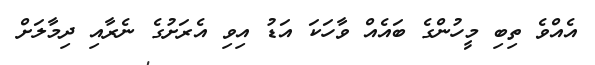
އެއްވެ ތިބި މީހުންގެ ބައެއް ވާހަކަ އަޑު އިވި އެރަށުގެ ނެރާއި ދިމާލަށް